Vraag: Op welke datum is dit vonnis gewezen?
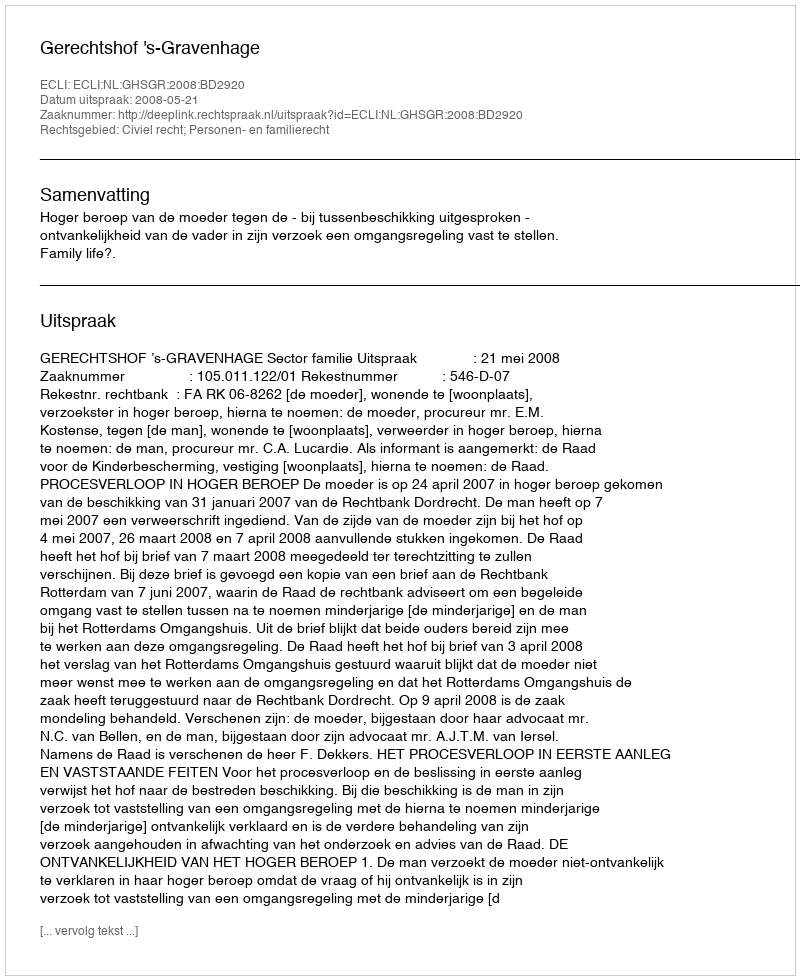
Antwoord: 2008-05-21